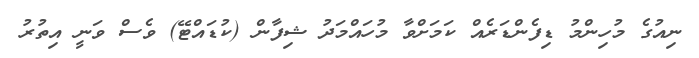
ނިއުގެ މުހިންމު ޑިފެންޑަރެއް ކަމަށްވާ މުހައްމަދު ޝިފާން (ކުޑައްޓޭ) ވެސް ވަނީ އިތުރު